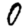
Digit: 0